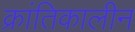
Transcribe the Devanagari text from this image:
क्रांतिकालीन